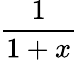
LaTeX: \frac{1}{1+x}